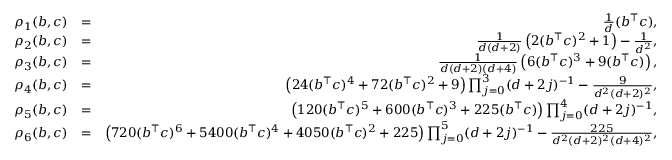
\begin{array} { r l r } { \rho _ { 1 } ( b , c ) } & { = } & { \frac { 1 } { d } ( b ^ { \top } c ) , } \\ { \rho _ { 2 } ( b , c ) } & { = } & { \frac { 1 } { d ( d + 2 ) } \left( 2 ( b ^ { \top } c ) ^ { 2 } + 1 \right) - \frac 1 { d ^ { 2 } } , } \\ { \rho _ { 3 } ( b , c ) } & { = } & { \frac { 1 } { d ( d + 2 ) ( d + 4 ) } \left( 6 ( b ^ { \top } c ) ^ { 3 } + 9 ( b ^ { \top } c ) \right) , } \\ { \rho _ { 4 } ( b , c ) } & { = } & { \left( 2 4 ( b ^ { \top } c ) ^ { 4 } + 7 2 ( b ^ { \top } c ) ^ { 2 } + 9 \right) \prod _ { j = 0 } ^ { 3 } ( d + 2 j ) ^ { - 1 } - \frac 9 { d ^ { 2 } ( d + 2 ) ^ { 2 } } , } \\ { \rho _ { 5 } ( b , c ) } & { = } & { \left( 1 2 0 ( b ^ { \top } c ) ^ { 5 } + 6 0 0 ( b ^ { \top } c ) ^ { 3 } + 2 2 5 ( b ^ { \top } c ) \right) \prod _ { j = 0 } ^ { 4 } ( d + 2 j ) ^ { - 1 } , } \\ { \rho _ { 6 } ( b , c ) } & { = } & { \left( 7 2 0 ( b ^ { \top } c ) ^ { 6 } + 5 4 0 0 ( b ^ { \top } c ) ^ { 4 } + 4 0 5 0 ( b ^ { \top } c ) ^ { 2 } + 2 2 5 \right) \prod _ { j = 0 } ^ { 5 } ( d + 2 j ) ^ { - 1 } - \frac { 2 2 5 } { d ^ { 2 } ( d + 2 ) ^ { 2 } ( d + 4 ) ^ { 2 } } , } \end{array}